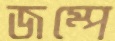
জম্পে